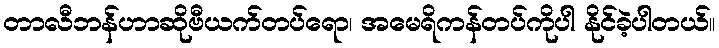
တာလီဘန်ဟာဆိုဗီယက်တပ်ရော၊ အမေရိကန်တပ်ကိုပါ နိုင်ခဲ့ပါတယ်။